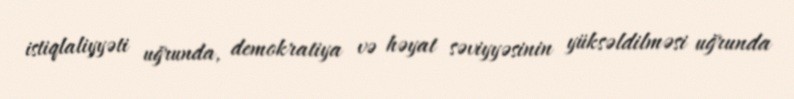
istiqlaliyyəti uğrunda, demokratiya və həyat səviyyəsinin yüksəldilməsi uğrunda